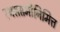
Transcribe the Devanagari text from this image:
रथसप्तमीनिमित्त